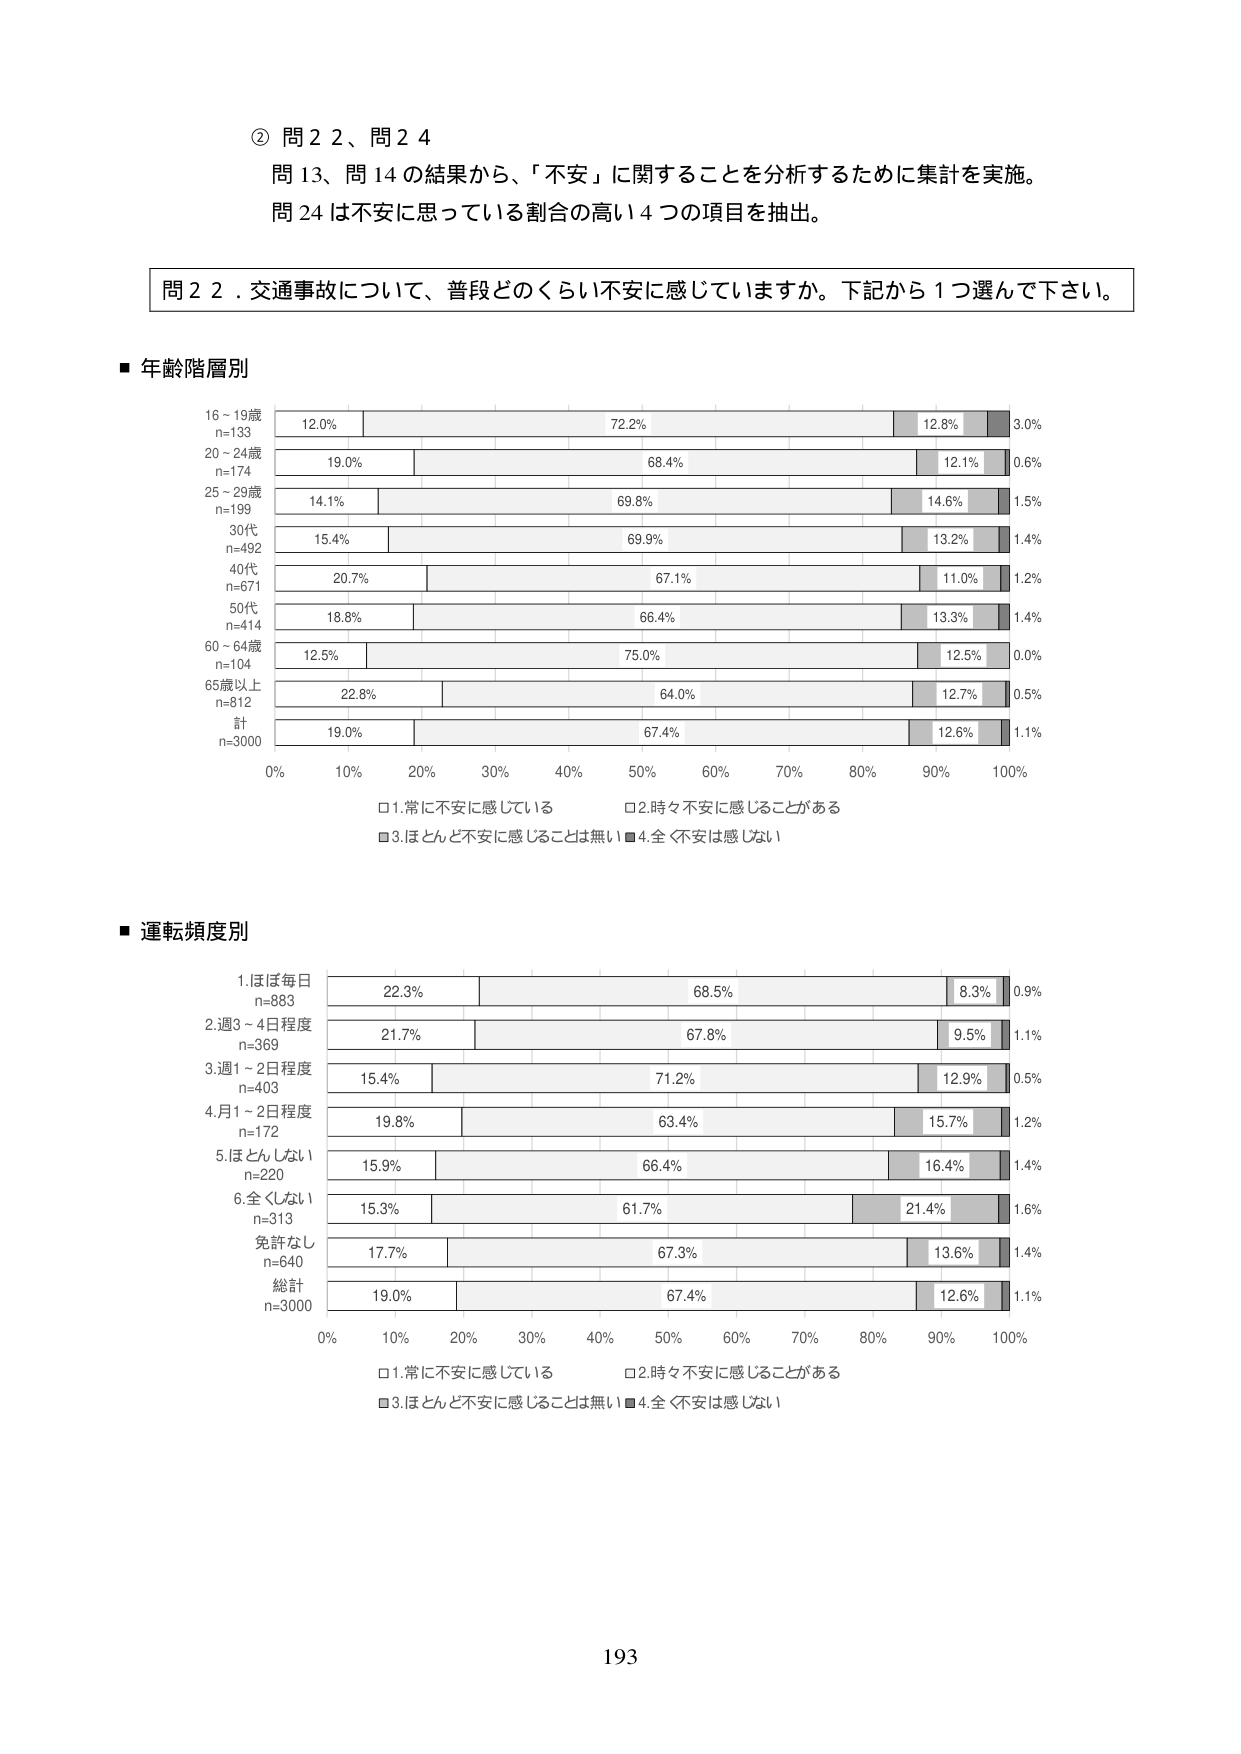
② 問２２、問２４
問１３、問１４の結果から、「不安」に関することを分析するために集計を実施。
問２４は不安に思っている割合の高い４つの項目を抽出。

問２２．交通事故について、普段どのくらい不安に感じていますか。下記から１つ選んで下さい。

■ 年齢階層別
16～19歳
n=133
12.0%　72.2%　12.8%　3.0%
20～24歳
n=174
19.0%　68.4%　12.1%　0.6%
25～29歳
n=199
14.1%　69.8%　14.6%　1.5%
30代
n=492
15.4%　69.9%　13.2%　1.4%
40代
n=671
20.7%　67.1%　11.0%　1.2%
50代
n=414
18.8%　66.4%　13.3%　1.4%
60～64歳
n=104
12.5%　75.0%　12.5%　0.0%
65歳以上
n=812
22.8%　64.0%　12.7%　0.5%
計
n=3000
19.0%　67.4%　12.6%　1.1%

0%　10%　20%　30%　40%　50%　60%　70%　80%　90%　100%
□1.常に不安に感じている　□2.時々不安に感じることがある
■3.ほとんど不安に感じることは無い ■4.全く不安は感じない

■ 運転頻度別
1.ほぼ毎日
n=883
22.3%　68.5%　8.3%　0.9%
2.週3～4日程度
n=369
21.7%　67.8%　9.5%　1.1%
3.週1～2日程度
n=403
15.4%　71.2%　12.9%　0.5%
4.月1～2日程度
n=172
19.8%　63.4%　15.7%　1.2%
5.ほとんどない
n=220
15.9%　66.4%　16.4%　1.4%
6.全くしない
n=313
15.3%　61.7%　21.4%　1.6%
免許なし
n=640
17.7%　67.3%　13.6%　1.4%
総計
n=3000
19.0%　67.4%　12.6%　1.1%

0%　10%　20%　30%　40%　50%　60%　70%　80%　90%　100%
□1.常に不安に感じている　□2.時々不安に感じることがある
■3.ほとんど不安に感じることは無い ■4.全く不安は感じない

193